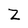
Character: Z